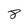
Character: 8